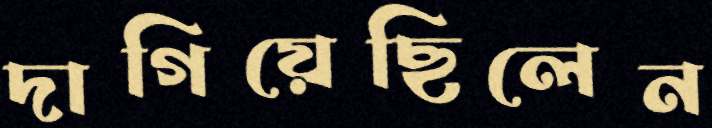
দাগিয়েছিলেন